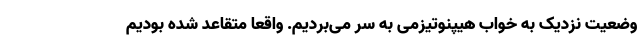
وضعیت نزدیک به خواب هیپنوتیزمی به سر می‌بردیم. واقعا متقاعد شده بودیم